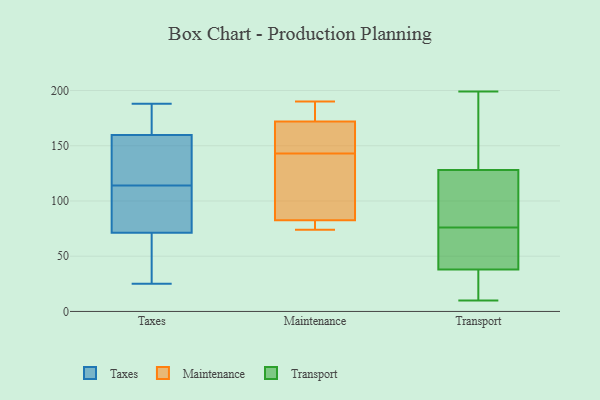
{"axis": {"x": "Budget (USD K)", "y": "Value"}, "legend": ["Maintenance", "Taxes", "Transport"], "data": [{"x": "", "y": 114, "type": "Taxes"}, {"x": "", "y": 64, "type": "Taxes"}, {"x": "", "y": 160, "type": "Taxes"}, {"x": "", "y": 72, "type": "Taxes"}, {"x": "", "y": 188, "type": "Taxes"}, {"x": "", "y": 131, "type": "Taxes"}, {"x": "", "y": 180, "type": "Taxes"}, {"x": "", "y": 154, "type": "Taxes"}, {"x": "", "y": 25, "type": "Taxes"}, {"x": "", "y": 71, "type": "Taxes"}, {"x": "", "y": 183, "type": "Taxes"}, {"x": "", "y": 79, "type": "Taxes"}, {"x": "", "y": 43, "type": "Taxes"}, {"x": "", "y": 159, "type": "Taxes"}, {"x": "", "y": 92, "type": "Taxes"}, {"x": "", "y": 165, "type": "Maintenance"}, {"x": "", "y": 129, "type": "Maintenance"}, {"x": "", "y": 154, "type": "Maintenance"}, {"x": "", "y": 147, "type": "Maintenance"}, {"x": "", "y": 77, "type": "Maintenance"}, {"x": "", "y": 74, "type": "Maintenance"}, {"x": "", "y": 139, "type": "Maintenance"}, {"x": "", "y": 84, "type": "Maintenance"}, {"x": "", "y": 185, "type": "Maintenance"}, {"x": "", "y": 190, "type": "Maintenance"}, {"x": "", "y": 179, "type": "Maintenance"}, {"x": "", "y": 81, "type": "Maintenance"}, {"x": "", "y": 109, "type": "Transport"}, {"x": "", "y": 69, "type": "Transport"}, {"x": "", "y": 95, "type": "Transport"}, {"x": "", "y": 54, "type": "Transport"}, {"x": "", "y": 38, "type": "Transport"}, {"x": "", "y": 174, "type": "Transport"}, {"x": "", "y": 141, "type": "Transport"}, {"x": "", "y": 199, "type": "Transport"}, {"x": "", "y": 34, "type": "Transport"}, {"x": "", "y": 83, "type": "Transport"}, {"x": "", "y": 43, "type": "Transport"}, {"x": "", "y": 34, "type": "Transport"}, {"x": "", "y": 10, "type": "Transport"}, {"x": "", "y": 128, "type": "Transport"}]}